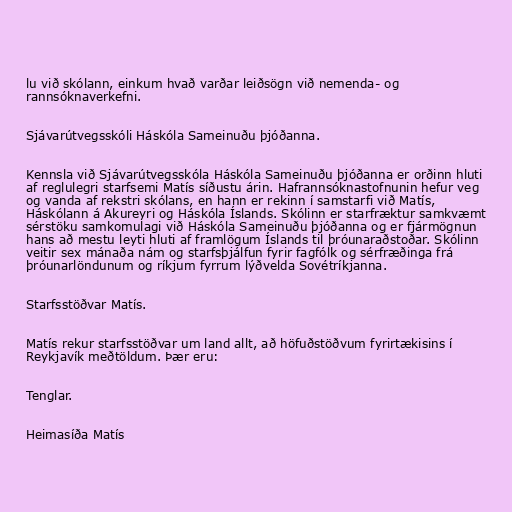
lu við skólann, einkum hvað varðar leiðsögn við nemenda- og
rannsóknaverkefni.

Sjávarútvegsskóli Háskóla Sameinuðu þjóðanna.

Kennsla við Sjávarútvegsskóla Háskóla Sameinuðu þjóðanna er orðinn hluti
af reglulegri starfsemi Matís síðustu árin. Hafrannsóknastofnunin hefur veg
og vanda af rekstri skólans, en hann er rekinn í samstarfi við Matís,
Háskólann á Akureyri og Háskóla Íslands. Skólinn er starfræktur samkvæmt
sérstöku samkomulagi við Háskóla Sameinuðu þjóðanna og er fjármögnun
hans að mestu leyti hluti af framlögum Íslands til þróunaraðstoðar. Skólinn
veitir sex mánaða nám og starfsþjálfun fyrir fagfólk og sérfræðinga frá
þróunarlöndunum og ríkjum fyrrum lýðvelda Sovétríkjanna.

Starfsstöðvar Matís.

Matís rekur starfsstöðvar um land allt, að höfuðstöðvum fyrirtækisins í
Reykjavík meðtöldum. Þær eru:

Tenglar.

Heimasíða Matís